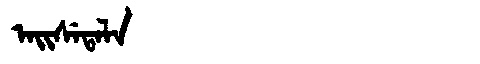
Manchu: ᠠᡳᠰᡝᡨᠠᠯᠠ
Romanization: AISETALA